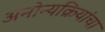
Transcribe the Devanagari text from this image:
अनोन्यक्रियांचा